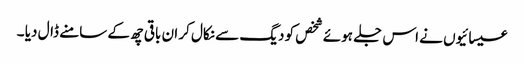
عیسائیوں نے اس جلے ہوئے شخص کو دیگ سے نکال کر ان باقی چھ کے سامنے ڈال دیا ۔